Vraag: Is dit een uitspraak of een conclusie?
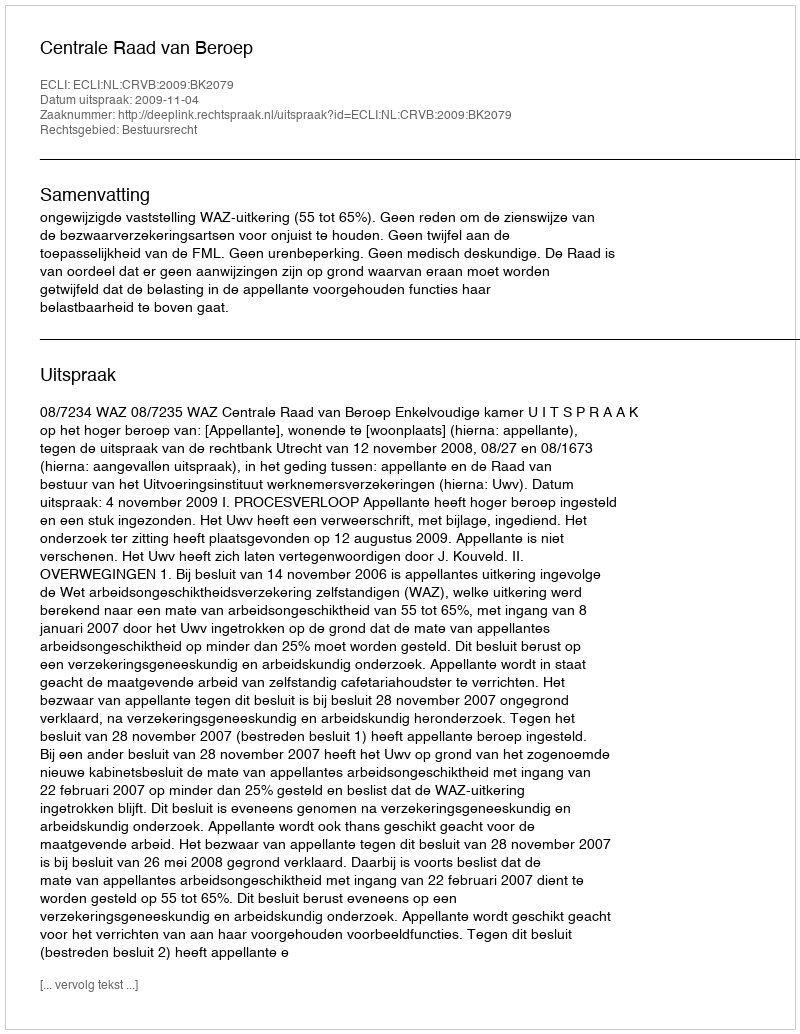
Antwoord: Uitspraak